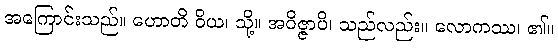
အကြောင်းသည်။ ဟောတိ ဝိယ၊ သို့။ အဝိဇ္ဇာပိ၊ သည်လည်း။ လောကဿ၊ ၏။